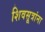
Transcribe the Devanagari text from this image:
शिवसूत्रांना